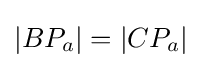
|BP_{a}|=|CP_{a}|